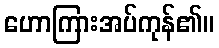
ဟောကြားအပ်ကုန်၏။